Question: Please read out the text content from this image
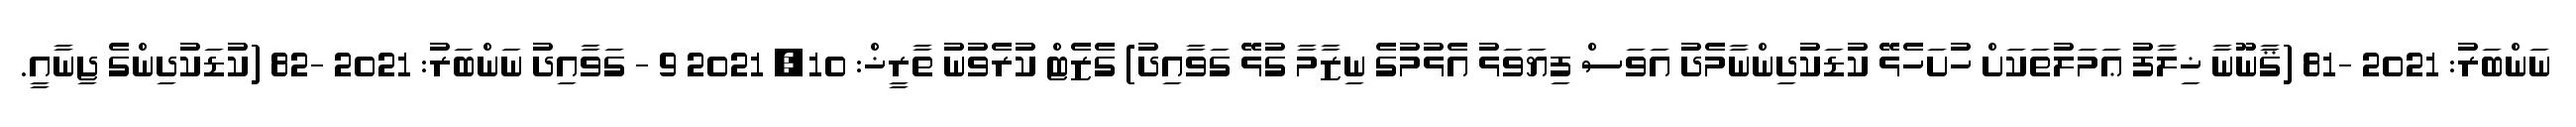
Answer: ނަންބަރު: 2021 -81 (ޤާނޫނާ ޚިލާފު ޢަމަލުތަކަށް ހުށަހެޅޭ ކުޑަކުދިންނާމެދު އަވަސް ފިޔަވަޅު އެޅުމުގެ ނިޒާމާ ގުޅޭ ގަވާއިދު) ގެޒެޓް ކުރެވުނު ތާރީޚް: 10, 2021 9 - ގަވާއިދު ނަންބަރު: 2021 -82 (ކުޑަކުދިންގެ ޖިނާއީ.